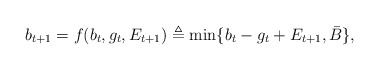
\begin{align*}b_{t+1}=f(b_t,g_t,E_{t+1})\triangleq\min\{b_t-g_t+E_{t+1},\bar{B}\},\end{align*}